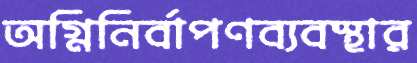
অগ্নিনির্বাপণব্যবস্থার